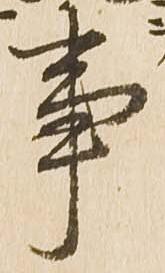
事